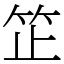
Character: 䇛